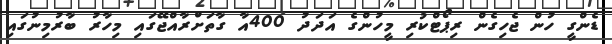
ޑެންގީ ހުން ޖެހިގެން ރިޕޯޓްކުރި މީހުންގެ އަދަދު 400އާ ގާތަށްރާއްޖޭގައި މިހާރު ބާރުމިނުގައި